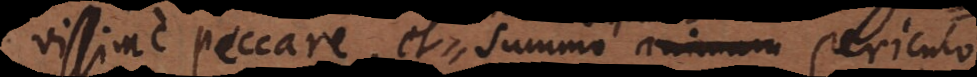
issime peccare, et summo animam animam